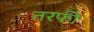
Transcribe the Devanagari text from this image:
तरफी